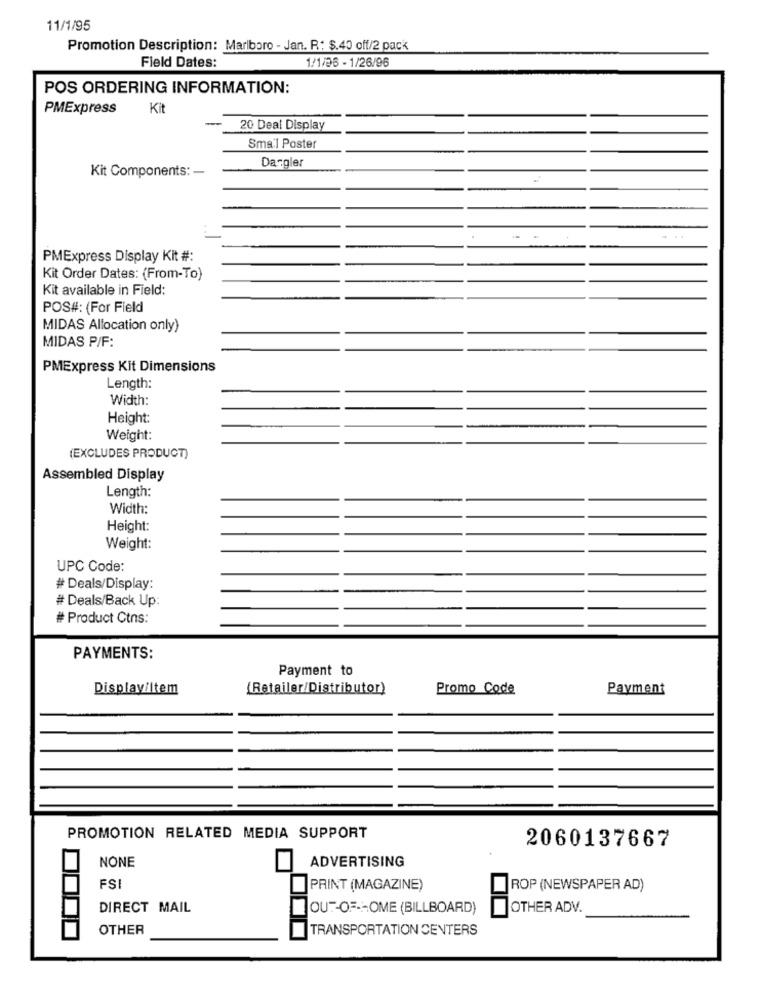
11/1/95
Promotion Description: Marlboro - Jan. R: $.40 off/2 pack
1/1/25 - 1/26/96
Field Dates:
POS ORDERING INFORMATION:
PMExpress
Kit
20 Deal Display
Smal Poster
Dargler
Kit Components: -
PMExpress Display Kit #:
Kit Order Dates: (From-To)
Kit available in Field:
POS#: (For Field
MIDAS Allocation only)
MIDAS P/F:
PMExpress Kit Dimensions
Length:
Width:
Height:
Weight:
(EXCLUDES PRODUCT)
Assembled Display
Length:
Width:
Height:
Weight:
UPC Code:
# Deals/Display:
# Deals/Back Up:
# Product Ctns:
PAYMENTS:
Payment to
Display/Item
{Retailer/Distributor)
Promo Code
Payment
PROMOTION RELATED MEDIA SUPPORT
2060137667
NONE
ADVERTISING
FS
PRINT (MAGAZINE)
ROP (NEWSPAPER AD)
DIRECT MAIL
OUT-OF-HOME (BILLBOARD)
OTHER ADV.
OTHER
TRANSPORTATION CENTERS